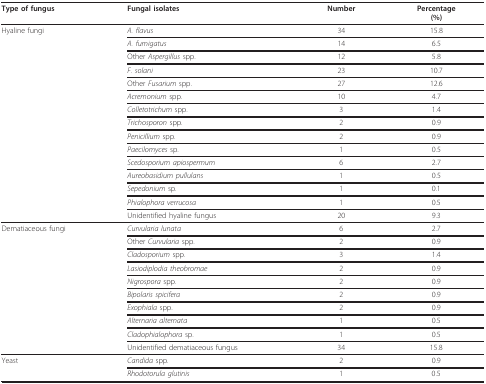
| Type of fungus | Fungal isolates | Number | Percentage(%) |
 | --- | --- | --- | --- |
 | Hyaline fungi | A. flavus | 34 | 15.8 |
 |  | A. fumigatus | 14 | 6.5 |
 |  | Other Aspergillus spp. | 12 | 5.8 |
 |  | F. solani | 23 | 10.7 |
 |  | Other Fusarium spp. | 27 | 12.6 |
 |  | Acremonium spp. | 10 | 4.7 |
 |  | Colletotrichum spp. | 3 | 1.4 |
 |  | Trichosporon spp. | 2 | 0.9 |
 |  | Penicillium spp. | 2 | 0.9 |
 |  | Paecilomyces sp. | 1 | 0.5 |
 |  | Scedosporium apiospermum | 6 | 2.7 |
 |  | Aureobasidium pullulans | 1 | 0.5 |
 |  | Sepedonium sp. | 1 | 0.1 |
 |  | Phialophora verrucosa | 1 | 0.5 |
 |  | Unidentified hyaline fungus | 20 | 9.3 |
 | Dematiaceous fungi | Curvularia lunata | 6 | 2.7 |
 |  | Other Curvularia spp. | 2 | 0.9 |
 |  | Cladosporium spp. | 3 | 1.4 |
 |  | Lasiodiplodia theobromae | 2 | 0.9 |
 |  | Nigrospora spp. | 2 | 0.9 |
 |  | Bipolaris spicifera | 2 | 0.9 |
 |  | Exophiala spp. | 2 | 0.9 |
 |  | Alternaria alternata | 1 | 0.5 |
 |  | Cladophialophora sp. | 1 | 0.5 |
 |  | Unidentified dematiaceous fungus | 34 | 15.8 |
 | Yeast | Candida spp. | 2 | 0.9 |
 |  | Rhodotorula glutinis | 1 | 0.5 |